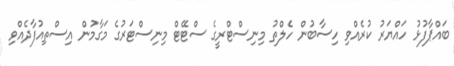
ބައްޕާފުޅު ހައްޔަރު ކުރެއްވި ހިސާބުން ހެލްތު މިނިސްޓްރީގެ ސްޓޭޓް މިނިސްޓަރުގެ މަގާމުން އިސްތިއުފާދެއްވި